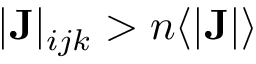
| \mathbf { J } | _ { i j k } > n \langle | \mathbf { J } | \rangle